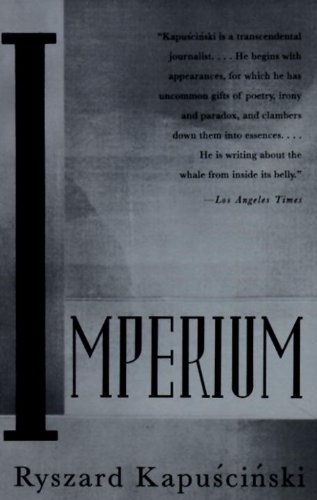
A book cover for Imperium; Ryszard Kapuscinski; Travel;